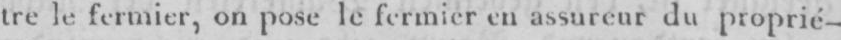
tre le fermier, on pose le fermier enassureur du proprié-